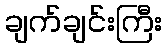
ချက်ချင်းကြီး